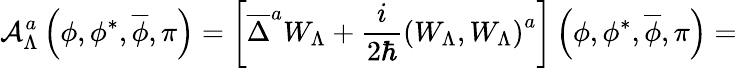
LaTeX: {\cal A}_{\Lambda}^{a}\left(\phi,\phi^{*},\overline{{{\phi}}},\pi\right)=\left[\overline{{{\Delta}}}^{a}W_{\Lambda}+\frac i{2\hbar}\left(W_{\Lambda},W_{\Lambda}\right)^{a}\right]\left(\phi,\phi^{*},\overline{{{\phi}}},\pi\right)=